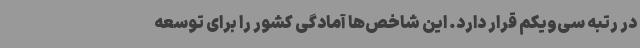
در رتبه سی‌ویکم قرار دارد. این شاخص‌ها آمادگی کشور را برای توسعه